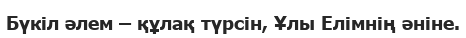
Бүкіл әлем – құлақ түрсін, Ұлы Елімнің әніне.